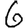
Digit: 6